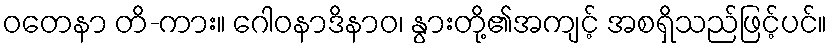
ဝတေနာ တိ-ကား။ ဂေါဝနာဒိနာဝ၊ နွားတို့၏အကျင့် အစရှိသည်ဖြင့်ပင်။